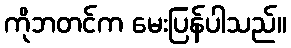
ကိုဘတင်က မေးပြန်ပါသည်။